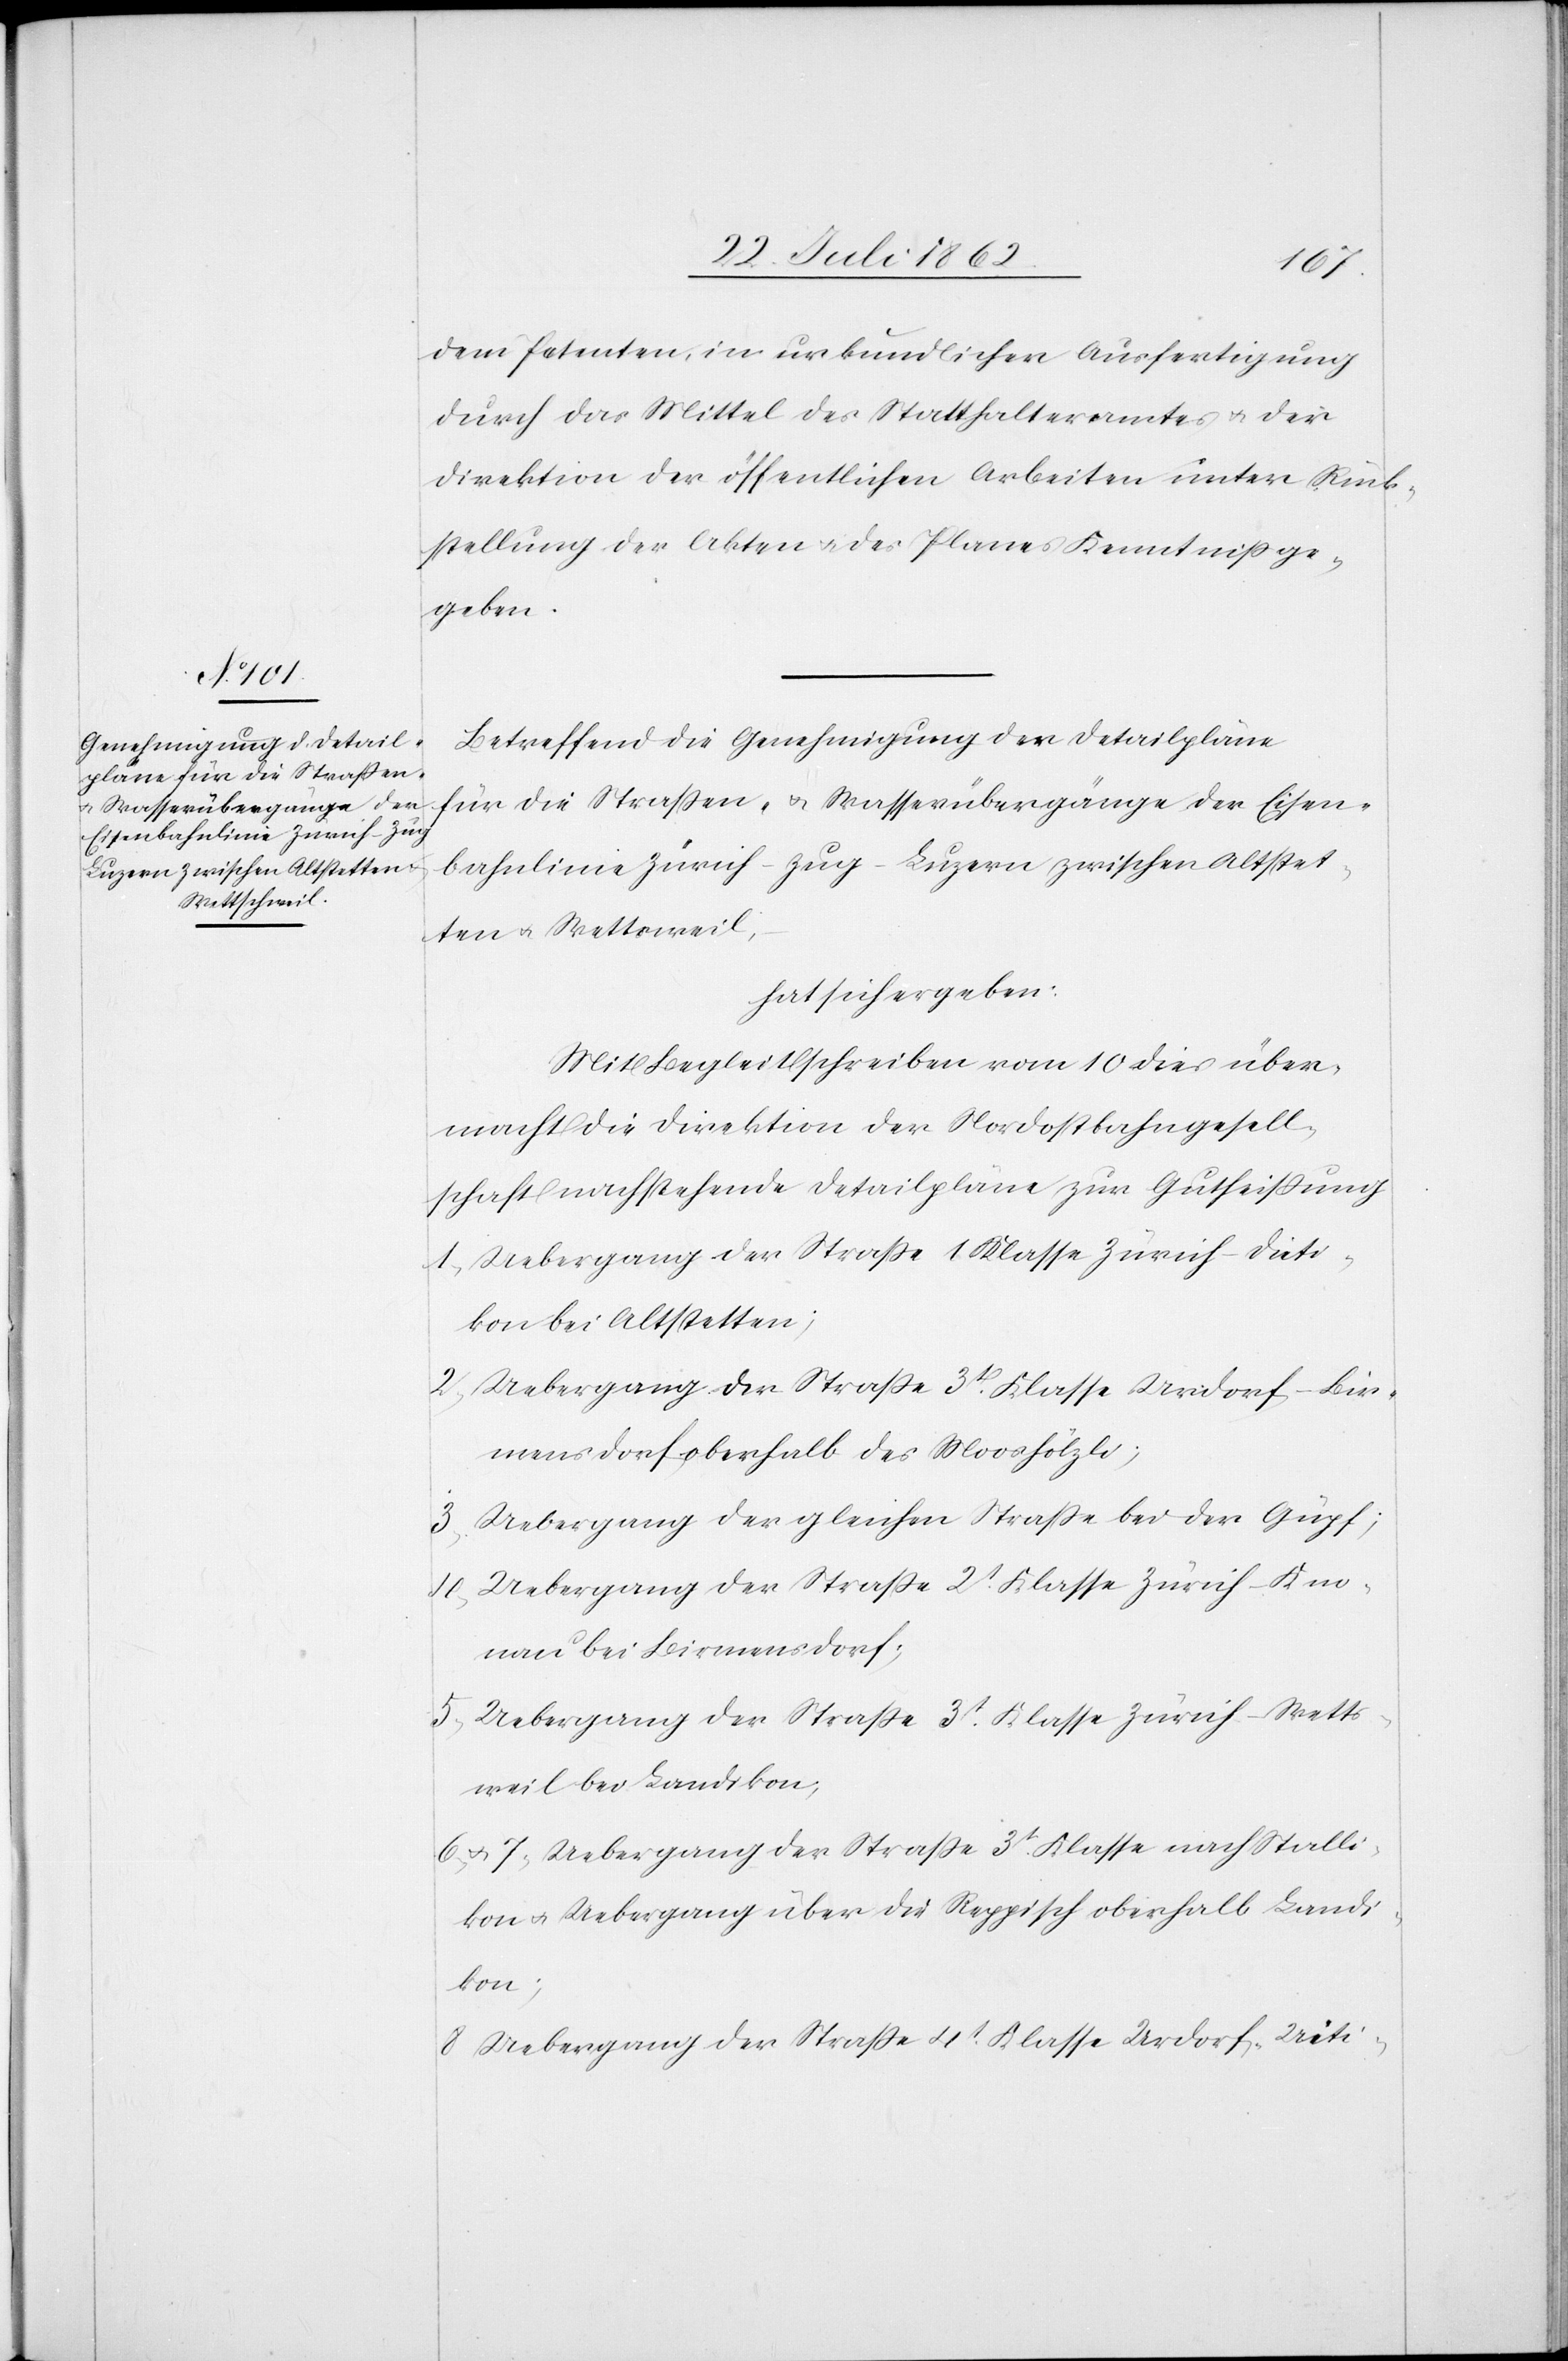
dem Petenten, in urkundlicher Ausfertigung
durch das Mittel des Statthalteramtes u. der
Direktion der öffentlichen Arbeiten unter Rück¬
stellung der Akten u. des Planes Kenntniß ge¬
geben.
Betreffend die Genehmigung der Detailpläne
für die Straßen- u. Wasserübergänge der Eisen¬
bahnlinie Zürich-Zug-Luzern zwischen Altstet¬
ten u. Wettsweil
hat sich ergeben:
Mit Begleitschreiben vom 10. dies über¬
macht die Direktion der Nordostbahngesell¬
schaft nachstehende Detailpläne zur Gutheißung
1. Uebergang der Straße 1. Klasse Zürich-Dieti¬
kon bei Altstetten;
2. Uebergang der Straße 3t Klasse Urdorf-Bir¬
mensdorf, oberhalb des Mosshölzli;
3. Uebergang der gleichen Straße bei der Güpf;
4. Uebergang der Straße 2t Klasse Zürich-Kno¬
nau bei Birmensdorf;
5. Uebergang der Straße 3t Klasse Zürich-Wetts¬
weil bei Landikon;
6. u. 7. Uebergang der Straße 3t Klasse nach Stalli¬
kon u. Uebergang über die Reppisch oberhalb Landi¬
kon;
8. Uebergang der Straße 4t Klasse Urdorf Uiti-